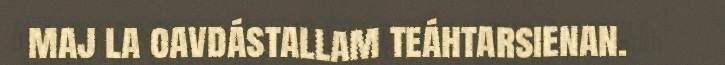
maj la oavdástallam teáhtarsienan.